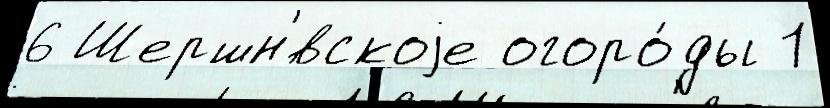
6 Шершн'́вскоjе огоро́ды 1